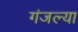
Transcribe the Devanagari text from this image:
गंजल्या